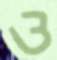
ও